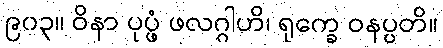
၉၀၃။ ဝိနာ ပုပ္ဖံ ဖလဂ္ဂါဟိ၊ ရုက္ခေ ဝနပ္ပတိ။